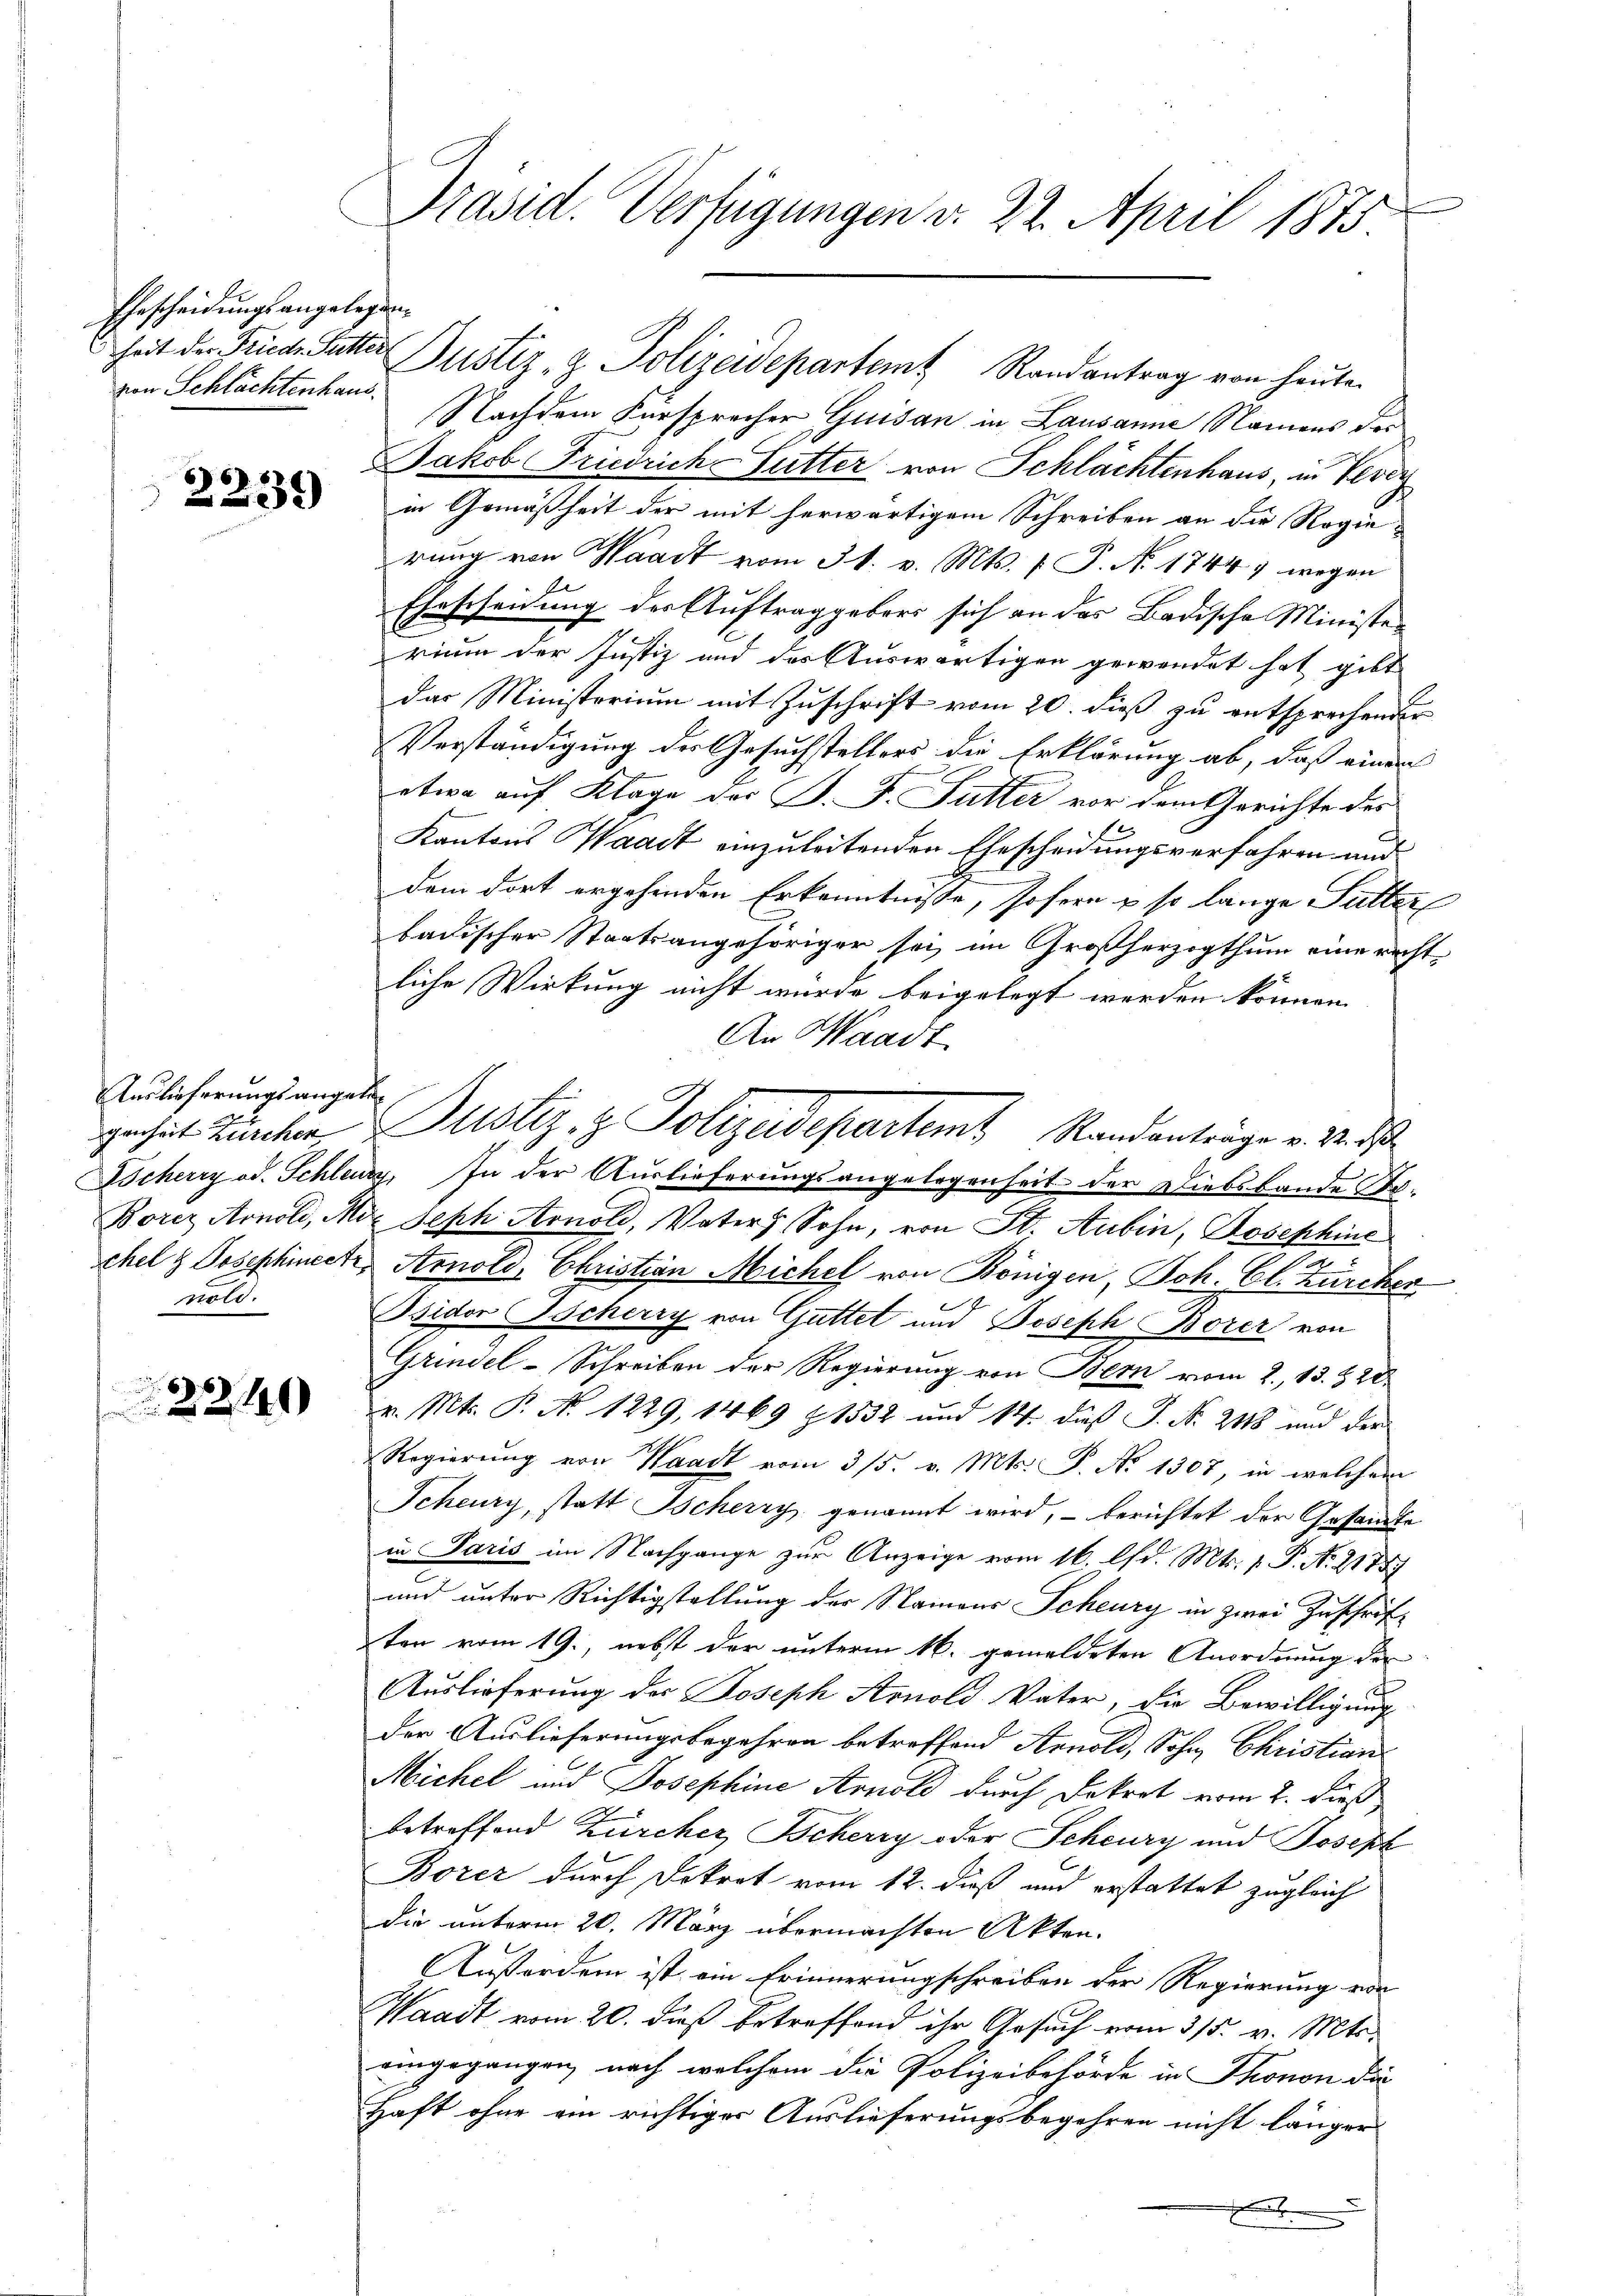
Ehescheidungsangelegenvon Schlachtenhaus.

2239

Auslieferungsangaben
genheit Zürchen
nold.

22140

Präsid. Verfügungen v. 22. April 1873.

heit der Frieder Sutter Justiz- & Polizeidepartem Randantrag von heute.
Nachdem Fürsprecher Quisan in Lausanne Namens der
Jakob Friedrich-Futter von Schlächtenhaus, in Vevey
in Gemäßheit der mit herwärtigem Schreiben an die Regie-
rung von Waadt vom 31. v. Mts. f. P. Nr. 1744 wegen
A
Ehrscheidung der Auftraggebers sich an das Badische Ministerium der Justiz und der Auswärtigen gewendet hat gibt
das Ministerium mit Zuschrift vom 20. dieß zu entsprechender
Verständigung der Gesuchstellers die Erklärung ab, daß einen
etwa auf Klage der J. J. Futter vor dem Gerichte des
Kantons Waadt einzuleitenden Ehescheidungsverfahren und
dem dort ergehenden Erkenntnisse, sofern & so lange Futter
badischer Staatsangehöriger sei im Großherzogthum eine rechte
liche Wirkung nicht wurde beigelegt werden können.
An Waadt
Beherry od. Schleude, In der Auslieferungsangelegenheit der Diebsbande Be¬
Borez Arnold, Mit Seph Arnold, Vater Sohn, von St. Aubin, Josephine
chel & Josephineck Arnold, Christian Michel von Königen, Joh. Cl. Zürcher
Osidor Tscherry von Güttet und Joseph Borer von
Grindel-Schreiben der Regierung von Bern vom 2. 13. 820.
v. Mts. P. No. 1229, 1469 (1532 und 14. dieß J. N. 248 und der
Regierung von Waadt vom 3/5. v. Mts. P. No 1307, in welchem
Scheury, statt Ischerry genannt wird, – berichtet der Gesandte
in Paris im Nachgange zur Anzeige vom 16. Chr. Mts. 1. P. Nr. 2178
und unter Richtigstellung der Namens Scheury in zwei Zuschrif-
ten vom 19., nebst der unterm 16. gemeldeten Anordnung der
Auslieferung des Joseph Arnold Vater, die Bewilligung
der Auslieferungsbegehren betreffend Arnold, Sohn Christian
Michel und Josephine Arnold durch Dekret vom 2. dieß,
betreffend Zürcher Tscherry oder Scheury und Joseph
Borez durch Dekret vom 12. dieß und erstattet zugleich
die unterm 20. März übermachten Akten.
Außerdem ist ein Erinnerungschreiben der Regierung von
Waadt vom 20. dieß betreffend ihr Gesuch vom 3/5. v. Mts.
eingegangen, nach welchem die Polizeibehörde in Thonon die
Haft ohne ein richtiger Auslieferungsbegehren nicht länger
.

Justiz- & Polizeidepartemt Standanträge v. M. das